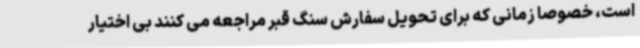
است، خصوصا زمانی که برای تحویل سفارش سنگ قبر مراجعه می کنند بی اختیار